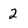
Character: 2